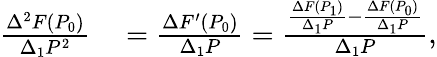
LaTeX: \begin{array}{rl}{{\frac{\Delta^{2}F(P_{0})}{\Delta_{1}P^{2}}}}&{{}={\frac{\Delta F^{\prime}(P_{0})}{\Delta_{1}P}}={\frac{{\frac{\Delta F(P_{1})}{\Delta_{1}P}}-{\frac{\Delta F(P_{0})}{\Delta_{1}P}}}{\Delta_{1}P}},}\end{array}